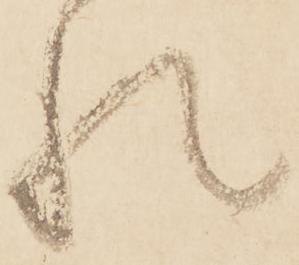
れ